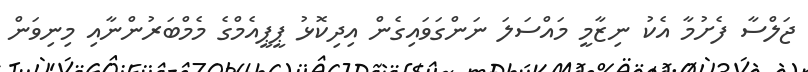
ޖަލްސާ ފެށުމާ އެކު ނިޒާމީ މައްސަލަ ނަންގަވައިގެން އިދިކޮޅު ޕީޕީއެމްގެ މެމްބަރުންނާއި މިނިވަން